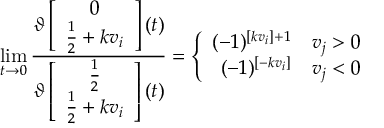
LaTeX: Z ( t ) = \left( \begin{array} { c c c } { { 1 } } & { { 0 } } & { { 0 } } \\ { { 0 } } & { { 1 } } & { { 0 } } \\ { { 0 } } & { { 0 } } & { { h ( t ) } } \end{array} \right)